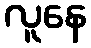
လူနေ